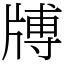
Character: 牔